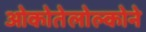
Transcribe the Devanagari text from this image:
ओकोतेलोल्कोने